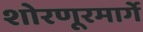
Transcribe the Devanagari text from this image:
शोरणूरमार्गे